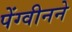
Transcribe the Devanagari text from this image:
पेंग्वीनने